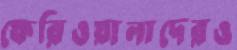
ফেরিওয়ালাদেরও